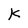
Character: K